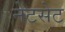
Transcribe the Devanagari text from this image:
नेटसेट